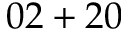
0 2 + 2 0